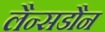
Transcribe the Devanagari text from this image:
लैन्सडौन